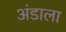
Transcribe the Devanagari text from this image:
अंडाला